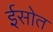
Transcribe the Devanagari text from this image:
ईसोत